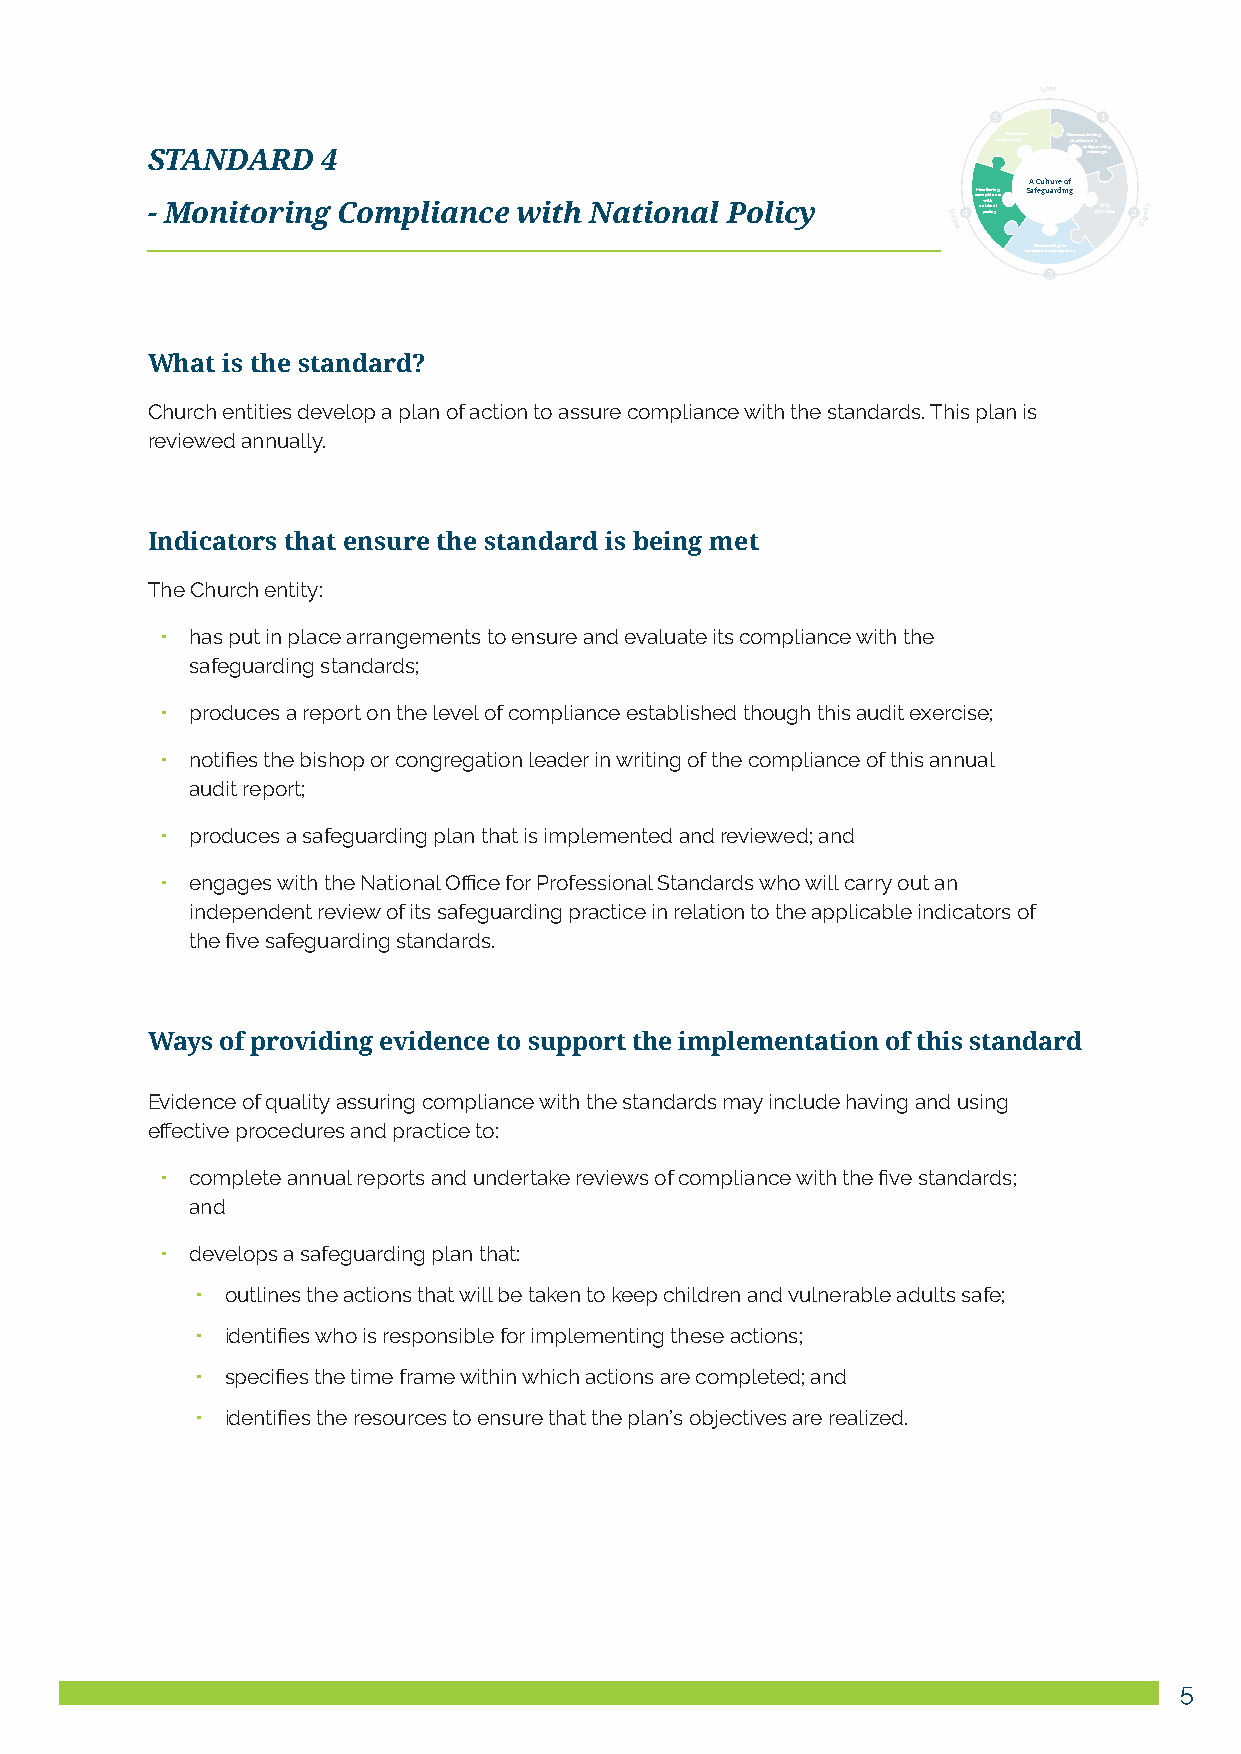
Love
 5      1
 STANDARD   4
 and tFroairnminagtion Cothmem Cuhsnuair mc fceah egt’ si usn sag
 argdeing
 A Culture of
 - Monitoring Compliance with National Policy         Justice4 c Mo nmo apwnp toi iitl ot lio h ia ncrn ai ync lge Safeguarding praScatfieces 2 Dignity
 compRleasinptosn odri ncgo ntocerns
 3
 What is the standard?
 Church entities develop a plan of action to assure compliance with the standards. This plan is
 reviewed annually.
 Indicators that ensure the standard is being met
 The Church entity:
   has put in place arrangements to ensure and evaluate its compliance with the
 safeguarding standards;
  produces a report on the level of compliance established though this audit exercise;
  notifies the bishop or congregation leader in writing of the compliance of this annual
 audit report;
  produces a safeguarding plan that is implemented and reviewed; and
  engages with the National Office for Professional Standards who will carry out an
 independent review of its safeguarding practice in relation to the applicable indicators of
 the five safeguarding standards.
 Ways of providing evidence to support the implementation of this standard
 Evidence of quality assuring compliance with the standards may include having and using
 effective procedures and practice to:
  complete annual reports and undertake reviews of compliance with the five standards;
 and
  develops a safeguarding plan that:
  outlines the actions that will be taken to keep children and vulnerable adults safe;
  identifies who is responsible for implementing these actions;
  specifies the time frame within which actions are completed; and
  identifies the resources to ensure that the plan’s objectives are realized.
 5